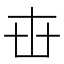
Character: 𠦔